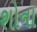
શોના